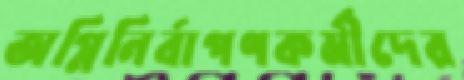
অগ্নিনির্বাপণকর্মীদের